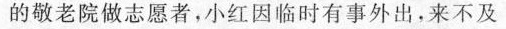
的敬老院做志愿者，小红因临时有事外出，来不及